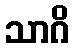
သာဂိ